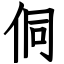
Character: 侗